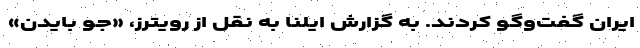
ایران گفت‌وگو کردند. به گزارش ایلنا به نقل از رویترز، «جو بایدن»